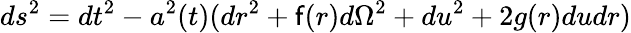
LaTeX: ds^{2}=dt^{2}-a^{2}(t)(dr^{2}+\mathsf{f}(r)d\Omega^{2}+du^{2}+2g(r)dudr)